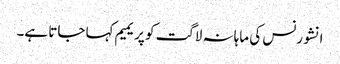
انشورنس کی ماہانہ لاگت کو پریمیم کہا جاتا ہے۔